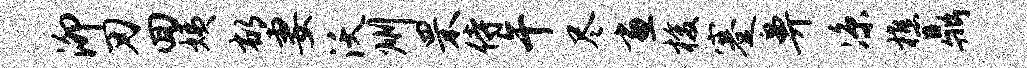
泖刃回姨郁妻沃州罘侍午尽画梭蹇鼻凉樵鼎